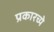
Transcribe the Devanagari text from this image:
प्रकारच्ये